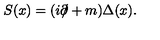
S ( x ) = ( i \partial \! \! \! / + m ) \Delta ( x ) .